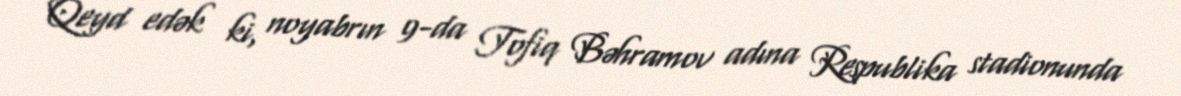
Qeyd edək ki, noyabrın 9-da Tofiq Bəhramov adına Respublika stadionunda